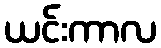
ယင်းကာလ